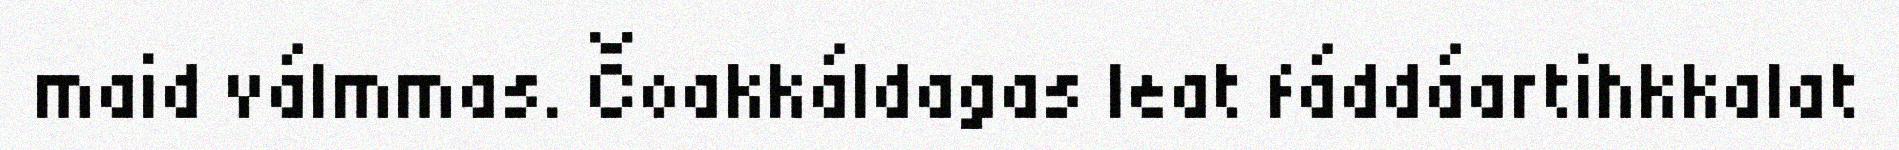
maid válmmas. Čoakkáldagas leat fáddáartihkkalat